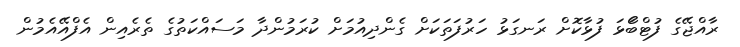
ރާއްޖޭގެ ފުޓްބޯަޅަ ފުޅާކޮށް ރަނގަޅު ހަރުފަތަކަށް ގެންދިއުމަށް ކުރަމުންދާ މަސައްކަތުގެ ތެރެއިން އެފްއޭއެމުން